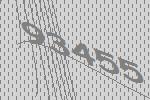
93455